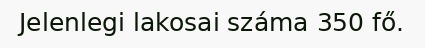
Jelenlegi lakosai száma 350 fő.